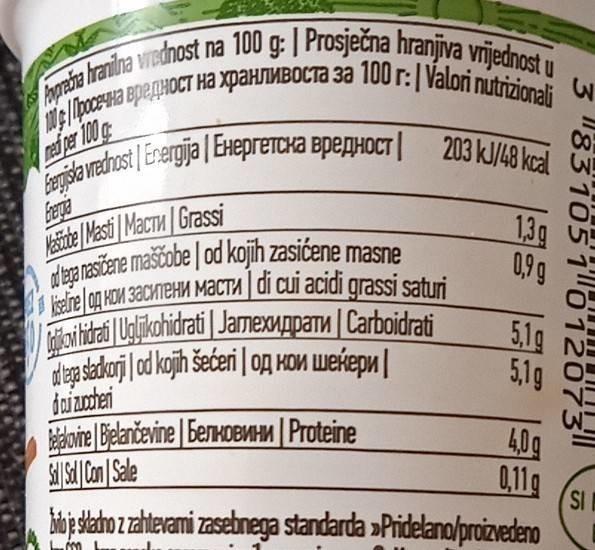
iselne og HOM 3aCKTeH MACTA di cui acidi grassi saturi 9:
d aga asčene maščobe | od kojih zasićene masne
Apaba hranina viednost na 100 g: | Prosječna hranjiva vrijednost u
Beride wedhost /Erergija | EHeprerCka BpepHocT| 203 kJ/48 kcal
0e/poce-wa BepegHOCT HA XPAHJIMBOCTA 3a 100 r:| Valori nutrizionali
ned per 100 g
203 kJ/48 kcal W
Kaände Masti MacTu Grassi lea rasičene maščobe | od kojih zasićene masne
13g 0,9 9
i cui acidi grassi saturi
ee д нои заситени масти oilida Uglikohidrati | JameXMppaTu | Carboidrati dep sadkorj od kojh šećeri | og KOM WEkepu | dai zuoteri Haone Belančevine | benwoeMHM | Proteine
5,1g 5,1g
40g
0,11g
SI
blj saho zahterami zasebnega standarda »Pridelano/proizvedeno
3 831051 012073